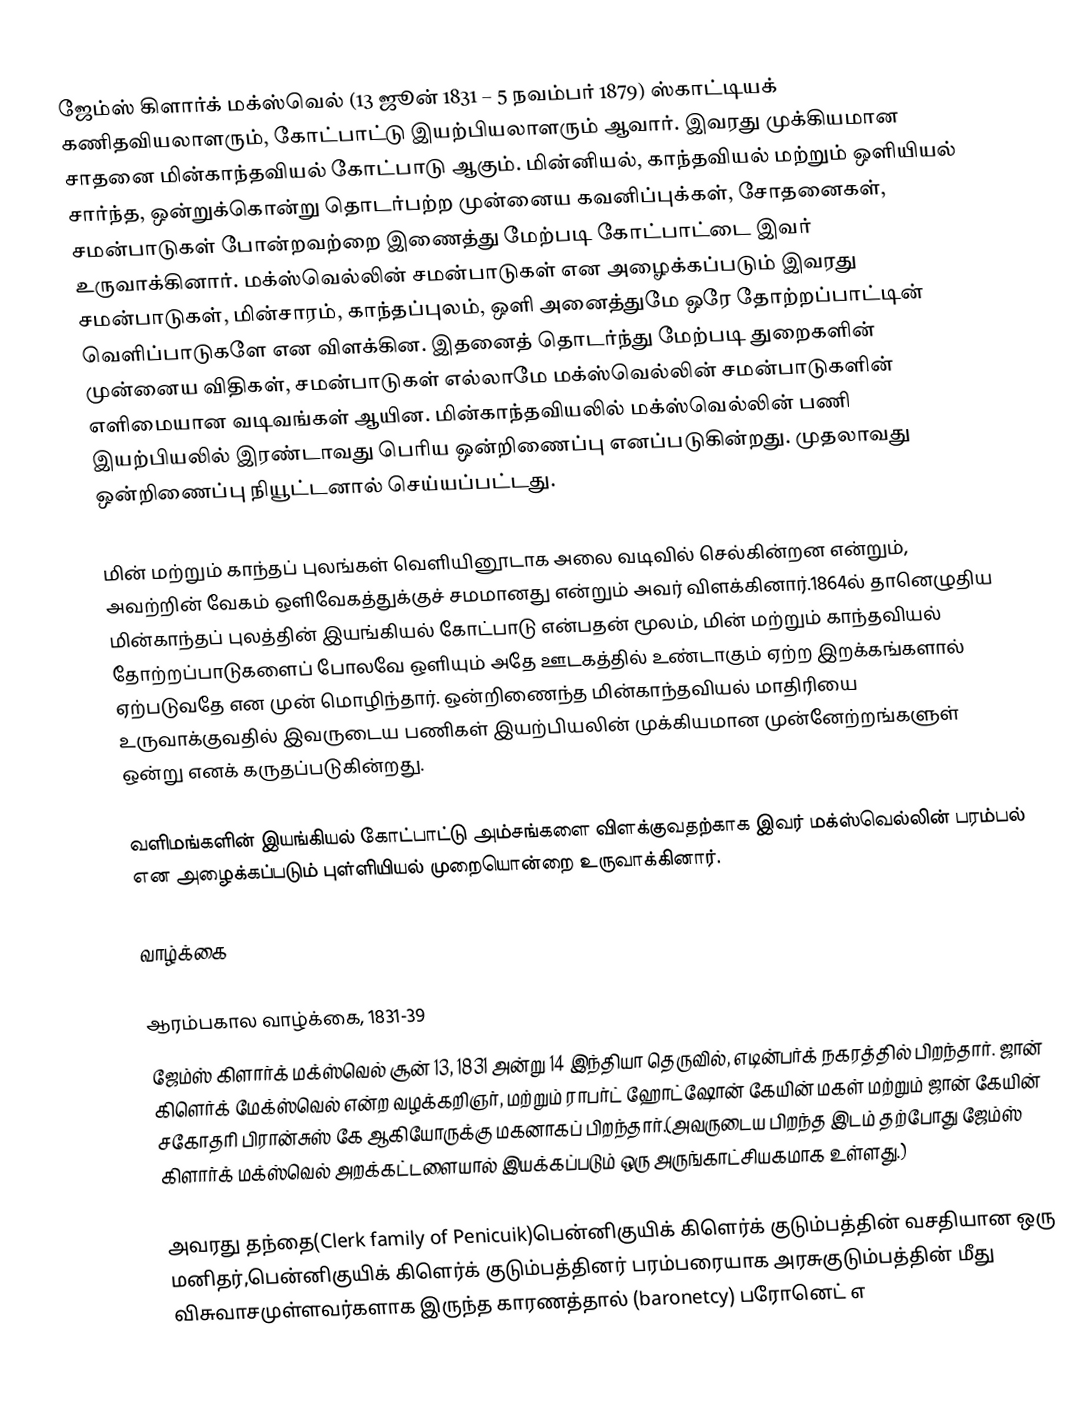
ஜேம்ஸ் கிளார்க் மக்ஸ்வெல் (13 ஜூன் 1831 – 5 நவம்பர் 1879) ஸ்காட்டியக் கணிதவியலாளரும், கோட்பாட்டு இயற்பியலாளரும் ஆவார். இவரது முக்கியமான சாதனை மின்காந்தவியல் கோட்பாடு ஆகும். மின்னியல், காந்தவியல் மற்றும் ஒளியியல் சார்ந்த, ஒன்றுக்கொன்று தொடர்பற்ற முன்னைய கவனிப்புக்கள், சோதனைகள், சமன்பாடுகள் போன்றவற்றை இணைத்து மேற்படி கோட்பாட்டை இவர் உருவாக்கினார். மக்ஸ்வெல்லின் சமன்பாடுகள் என அழைக்கப்படும் இவரது சமன்பாடுகள், மின்சாரம், காந்தப்புலம், ஒளி அனைத்துமே ஒரே தோற்றப்பாட்டின் வெளிப்பாடுகளே என விளக்கின. இதனைத் தொடர்ந்து மேற்படி துறைகளின் முன்னைய விதிகள், சமன்பாடுகள் எல்லாமே மக்ஸ்வெல்லின் சமன்பாடுகளின் எளிமையான வடிவங்கள் ஆயின. மின்காந்தவியலில் மக்ஸ்வெல்லின் பணி இயற்பியலில் இரண்டாவது பெரிய ஒன்றிணைப்பு எனப்படுகின்றது. முதலாவது ஒன்றிணைப்பு நியூட்டனால் செய்யப்பட்டது.

மின் மற்றும் காந்தப் புலங்கள் வெளியினூடாக அலை வடிவில் செல்கின்றன என்றும், அவற்றின் வேகம் ஒளிவேகத்துக்குச் சமமானது என்றும் அவர் விளக்கினார்.1864ல் தானெழுதிய மின்காந்தப் புலத்தின் இயங்கியல் கோட்பாடு என்பதன் மூலம், மின் மற்றும் காந்தவியல் தோற்றப்பாடுகளைப் போலவே ஒளியும் அதே ஊடகத்தில் உண்டாகும் ஏற்ற இறக்கங்களால் ஏற்படுவதே என முன் மொழிந்தார். ஒன்றிணைந்த மின்காந்தவியல் மாதிரியை உருவாக்குவதில் இவருடைய பணிகள் இயற்பியலின் முக்கியமான முன்னேற்றங்களுள் ஒன்று எனக் கருதப்படுகின்றது.

வளிமங்களின் இயங்கியல் கோட்பாட்டு அம்சங்களை விளக்குவதற்காக இவர் மக்ஸ்வெல்லின் பரம்பல் என அழைக்கப்படும் புள்ளியியல் முறையொன்றை உருவாக்கினார்.

வாழ்க்கை

ஆரம்பகால வாழ்க்கை, 1831-39
ஜேம்ஸ் கிளார்க் மக்ஸ்வெல் சூன் 13, 1831 அன்று 14 இந்தியா தெருவில், எடின்பர்க் நகரத்தில் பிறந்தார். ஜான் கிளெர்க் மேக்ஸ்வெல் என்ற வழக்கறிஞர், மற்றும் ராபர்ட் ஹோட்ஷோன் கேயின் மகள் மற்றும் ஜான் கேயின் சகோதரி பிரான்சுஸ் கே  ஆகியோருக்கு மகனாகப் பிறந்தார்.(அவருடைய பிறந்த இடம் தற்போது ஜேம்ஸ் கிளார்க் மக்ஸ்வெல் அறக்கட்டளையால் இயக்கப்படும் ஒரு அருங்காட்சியகமாக உள்ளது.)

அவரது தந்தை(Clerk family of Penicuik)பென்னிகுயிக் கிளெர்க் குடும்பத்தின் வசதியான ஒரு மனிதர்,பென்னிகுயிக் கிளெர்க் குடும்பத்தினர் பரம்பரையாக அரசுகுடும்பத்தின் மீது விசுவாசமுள்ளவர்களாக இருந்த காரணத்தால் (baronetcy) பரோனெட் எ